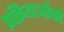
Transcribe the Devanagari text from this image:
प्रक्रियाओंको